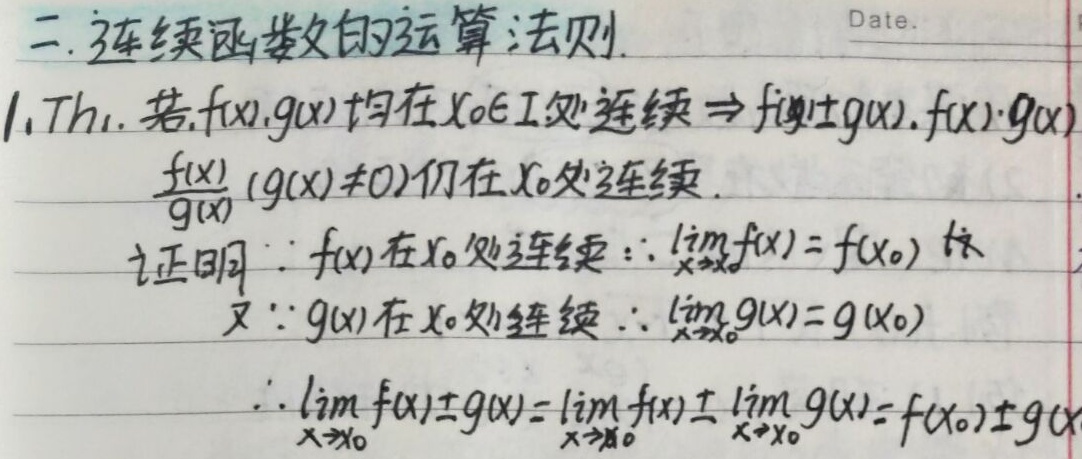
二. 连续函数的运算法则.
1. Th₁. 若 \(f(x), g(x)\) 均在 \(x_0 \in I\) 处连续 \(\Rightarrow f(x)\pm g(x), f(x)\cdot g(x), \frac{f(x)}{g(x)} (g(x)\neq 0)\) 仍在 \(x_0\) 处连续。
证明：
\(\because f(x)\) 在 \(x_0\) 处连续 \(\therefore \lim_{x \to x_0} f(x)=f(x_0)\)
又\(\because g(x)\) 在 \(x_0\) 处连续 \(\therefore \lim_{x \to x_0} g(x)=g(x_0)\)
\(\therefore \lim_{x \to x_0} [f(x)\pm g(x)]=\lim_{x \to x_0} f(x)\pm \lim_{x \to x_0} g(x)=f(x_0)\pm g(x_0)\)

这里同样将 \(\text{Th}_1\) 中的 “Th” 按推测处理为正常字体。若与实际不符，请依实际情况调整。